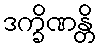
ဒက္ခိဏန္တိ